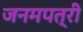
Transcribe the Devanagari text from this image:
जनमपत्री